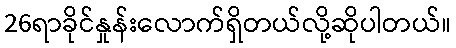
26ရာခိုင်နှုန်းလောက်ရှိတယ်လို့ဆိုပါတယ်။